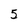
Character: 5